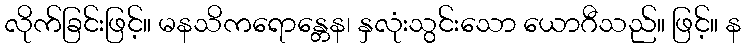
လိုက်ခြင်းဖြင့်။ မနသိကရောန္တေန၊ နှလုံးသွင်းသော ယောဂီသည်။ ဖြင့်။ န